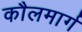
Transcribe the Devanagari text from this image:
कौलमार्ग